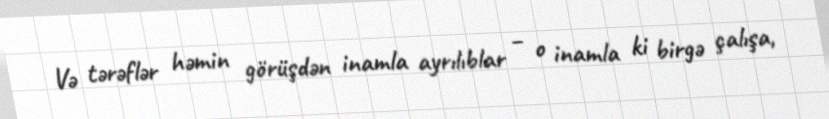
Və tərəflər həmin görüşdən inamla ayrılıblar – o inamla ki birgə çalışa,